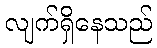
လျက်ရှိနေသည်